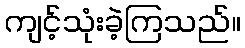
ကျင့်သုံးခဲ့ကြသည်။